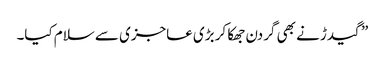
” گیدڑ نے بھی گردن جھکا کر بڑی عاجزی سے سلام کیا۔